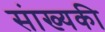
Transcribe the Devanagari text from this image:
संाख्यकी